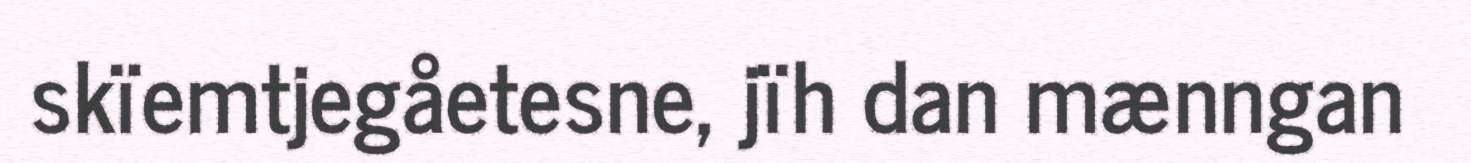
skïemtjegåetesne, jïh dan mænngan